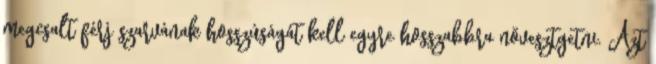
megcsalt férj szarvának hosszúságát kell egyre hosszabbra növesztgetni. Azt